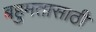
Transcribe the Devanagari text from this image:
बहुमतासाठी